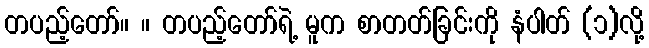
တပည့်တော်။ ။ တပည့်တော်ရဲ့ မူက စာတတ်ခြင်းကို နံပါတ် (၁)လို့